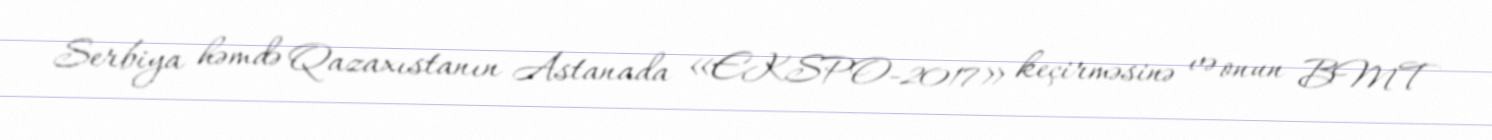
Serbiya həmdə Qazaxıstanın Astanada «EKSPO-2017» keçirməsinə və onun BMT